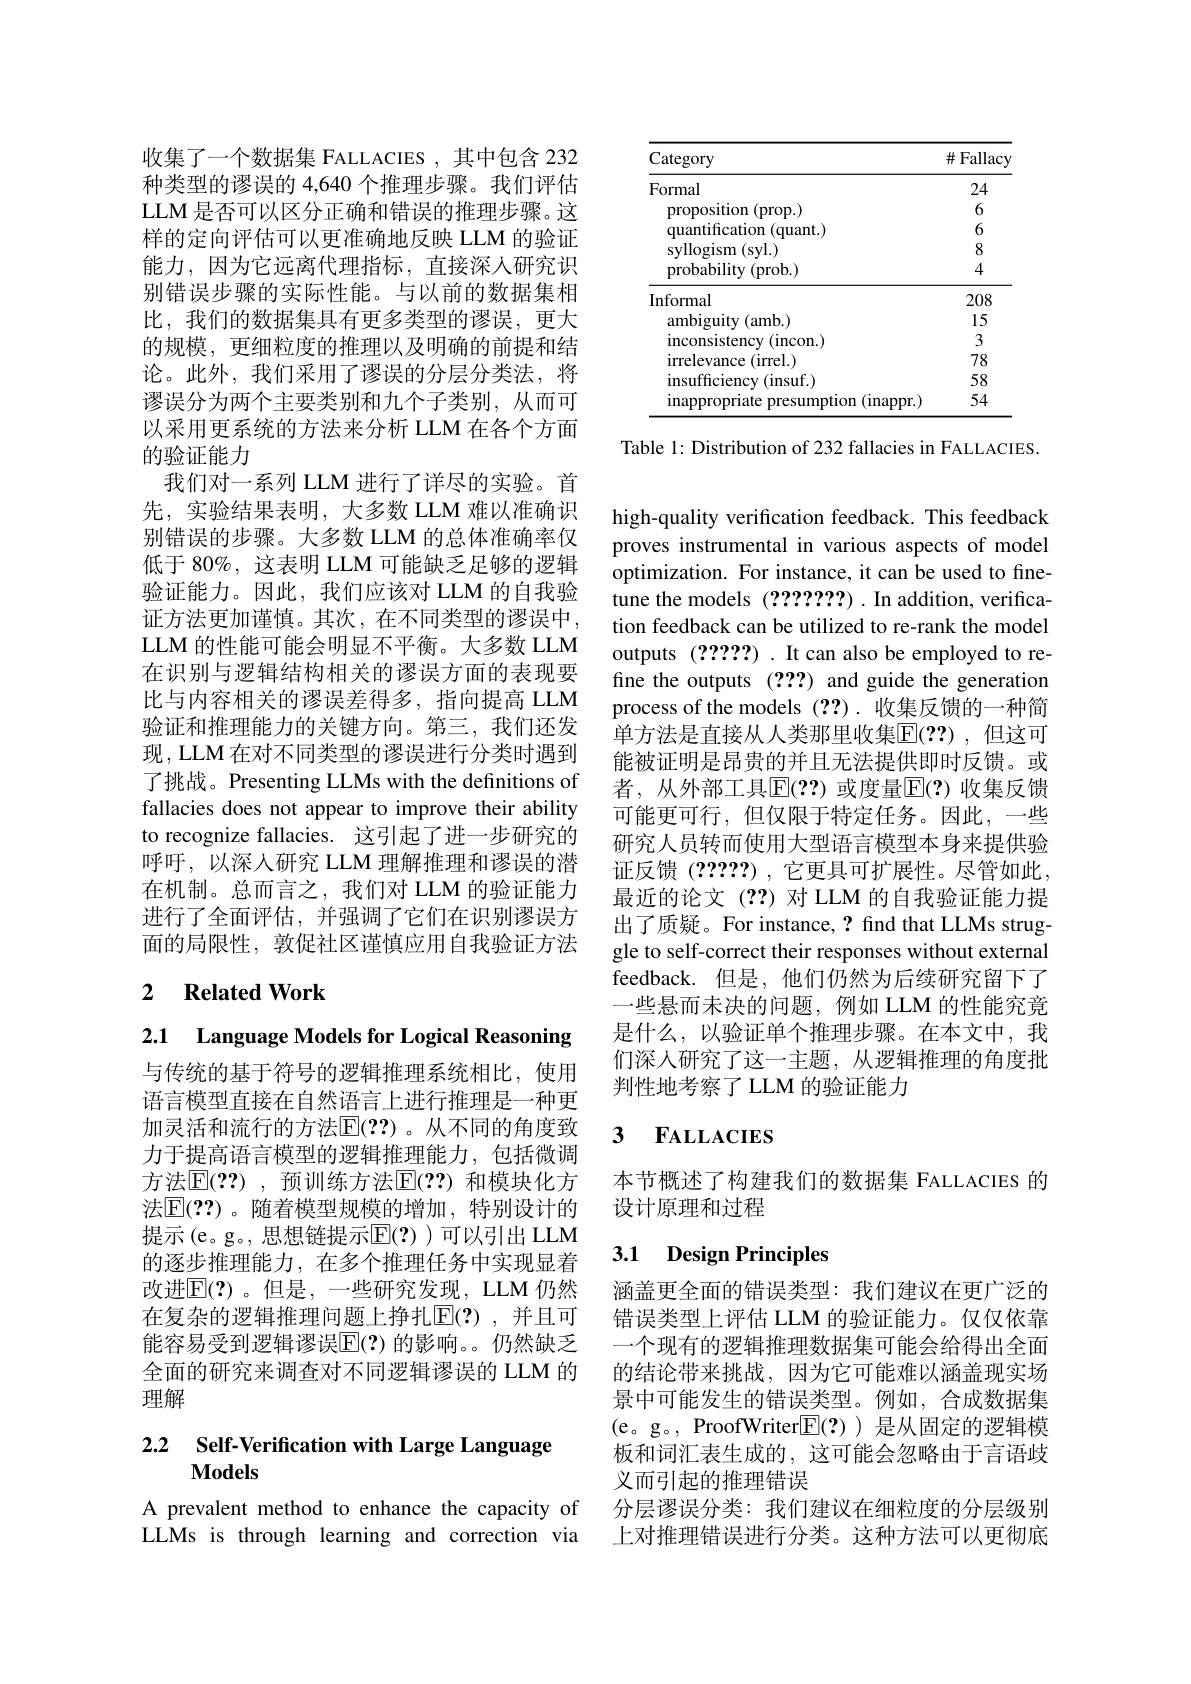
收集了一个数据集 FALLACIES , 其中包含 232种类型的谬误的 4,640 个推理步骤。我们评估LLM 是否可以区分正确和错误的推理步骤。这样的定向评估可以更准确地反映 LLM 的验证能力，因为它远离代理指标，直接深人研究识别错误步骤的实际性能。与以前的数据集相比，我们的数据集具有更多类型的谬误，更大的规模，更细粒度的推理以及明确的前提和结论。此外，我们采用了谬误的分层分类法，将谬误分为两个主要类别和九个子类别，从而可以采用更系统的方法来分析 LLM 在各个方面的验证能力
我们对一系列 LLM 进行了详尽的实验。首先，实验结果表明，大多数 LLM 难以准确识别错误的步骤。大多数 LLM 的总体准确率仅低于 80%, 这表明 LLM 可能缺乏足够的逻辑验证能力。因此，我们应该对 LLM 的自我验证方法更加谨慎。其次，在不同类型的谬误中， LLM 的性能可能会明显不平衡。大多数 LLM 在识别与逻辑结构相关的谬误方面的表现要比与内容相关的谬误差得多，指向提高 LLM 验证和推理能力的关键方向。第三，我们还发现，LLM 在对不同类型的谬误进行分类时遇到了挑战。Presenting LLMs with the definitions of fallacies does not appear to improve their ability to recognize fallacies. 这引起了进一步研究的呼吁，以深入研究 LLM 理解推理和谬误的潜在机制。总而言之，我们对 LLM 的验证能力进行了全面评估，并强调了它们在识别谬误方面的局限性，敦促社区谨慎应用自我验证方法

## 2 Related Work

2.1 Language Models for Logical Reasoning

与传统的基于符号的逻辑推理系统相比，使用语言模型直接在自然语言上进行推理是一种更加灵活和流行的方法$\overline{\mathrm{E}}(??)$。从不同的角度致力于提高语言模型的逻辑推理能力，包括微调方法$\mathbb{E}(??)$ ,预训练方法$\mathbb{E}(??)$ 和模块化方法$\mathbb{E}(??)$。随着模型规模的增加，特别设计的提示(e。g。,思想链提示$\mathbb{E}(?))$可以引出 LLM 的逐步推理能力，在多个推理任务中实现显着改进$\mathbb{E}(?)$。但是，一些研究发现，LLM仍然在复杂的逻辑推理问题上挣扎E(?),并且可能容易受到逻辑谬误$\overline{\mathrm{E}}(?)$ 的影响。仍然缺乏全面的研究来调查对不同逻辑谬误的 LLM 的理解

# 2.2 Self-Verification with Large Language $\mathbf{Models}$

A prevalent method to enhance the capacity of LLMs is through learning and correction via

<table>
	<tbody>
		<tr>
			<th>Category</th>
			<th>$\#$ Fallacy</th>
		</tr>
		<tr>
			<td>Formal</td>
			<td>24</td>
		</tr>
		<tr>
			<td>proposition (prop.)</td>
			<td>6</td>
		</tr>
		<tr>
			<td>quantification (quant.)</td>
			<td>6</td>
		</tr>
		<tr>
			<td>$\operatorname{svllogism}(\operatorname{svl.})$</td>
			<td>8</td>
		</tr>
		<tr>
			<td>${\mathrm{probability~(prob.)}}$</td>
			<td>4</td>
		</tr>
		<tr>
			<td>Informal</td>
			<td>208</td>
		</tr>
		<tr>
			<td>${\mathrm{ambiguity~(amb.)}}$</td>
			<td>15</td>
		</tr>
		<tr>
			<td>inconsistency (incon.)</td>
			<td>3</td>
		</tr>
		<tr>
			<td>irrelevance ( irrel. ) </td>
			<td>78</td>
		</tr>
		<tr>
			<td>insufficiency (insuf.)</td>
			<td>58</td>
		</tr>
		<tr>
			<td>inappropriate presumption ${\mathrm{n}}($inappr.)</td>
			<td>54</td>
		</tr>
	</tbody>
</table>

Table 1: Distribution of 232 fallacies in FALLACIES.

high-quality verification feedback. This feedback proves instrumental in various aspects of model optimization. For instance, it can be used to finetune the models (2???????) .In addition, verification feedback can be utilized to re-rank the model outputs (?????) .It can also be employed to refine the outputs (???) and guide the generation process of the models (??).收集反馈的一种简单方法是直接从人类那里收集$\overline{\mathbb{E}}(??)$,但这可能被证明是昂贵的并且无法提供即时反馈。或者，从外部工具$\mathbb{E}(2?)$ 或度量$\mathbb{E}(?)$ 收集反馈可能更可行，但仅限于特定任务。因此，一些研究人员转而使用大型语言模型本身来提供验证反馈(?????),它更具可扩展性。尽管如此， 最近的论文(??)对 LLM 的自我验证能力提出了质疑。For instance,? find that LLMs struggle to self-correct their responses without external feedback. 但是，他们仍然为后续研究留下了一些悬而未决的问题，例如 LLM 的性能究竟是什么，以验证单个推理步骤。在本文中，我们深入研究了这一主题，从逻辑推理的角度批判性地考察了 LLM 的验证能力

### $\textbf{3}$ $\textbf{FALLACIES}$

本节概述了构建我们的数据集 FALLACIES 的
设计原理和过程

## 3.1 Design Principles

涵盖更全面的错误类型：我们建议在更广泛的错误类型上评估 LLM 的验证能力。仅仅依靠一个现有的逻辑推理数据集可能会给得出全面的结论带来挑战，因为它可能难以涵盖现实场景中可能发生的错误类型。例如，合成数据集(e。g。, ProofWriter$\boxed{\mathrm{F}}(?)$)是从固定的逻辑模板和词汇表生成的，这可能会忽略由于言语歧义而引起的推理错误
分层谬误分类：我们建议在细粒度的分层级别上对推理错误进行分类。这种方法可以更彻底